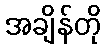
အချိန်တို